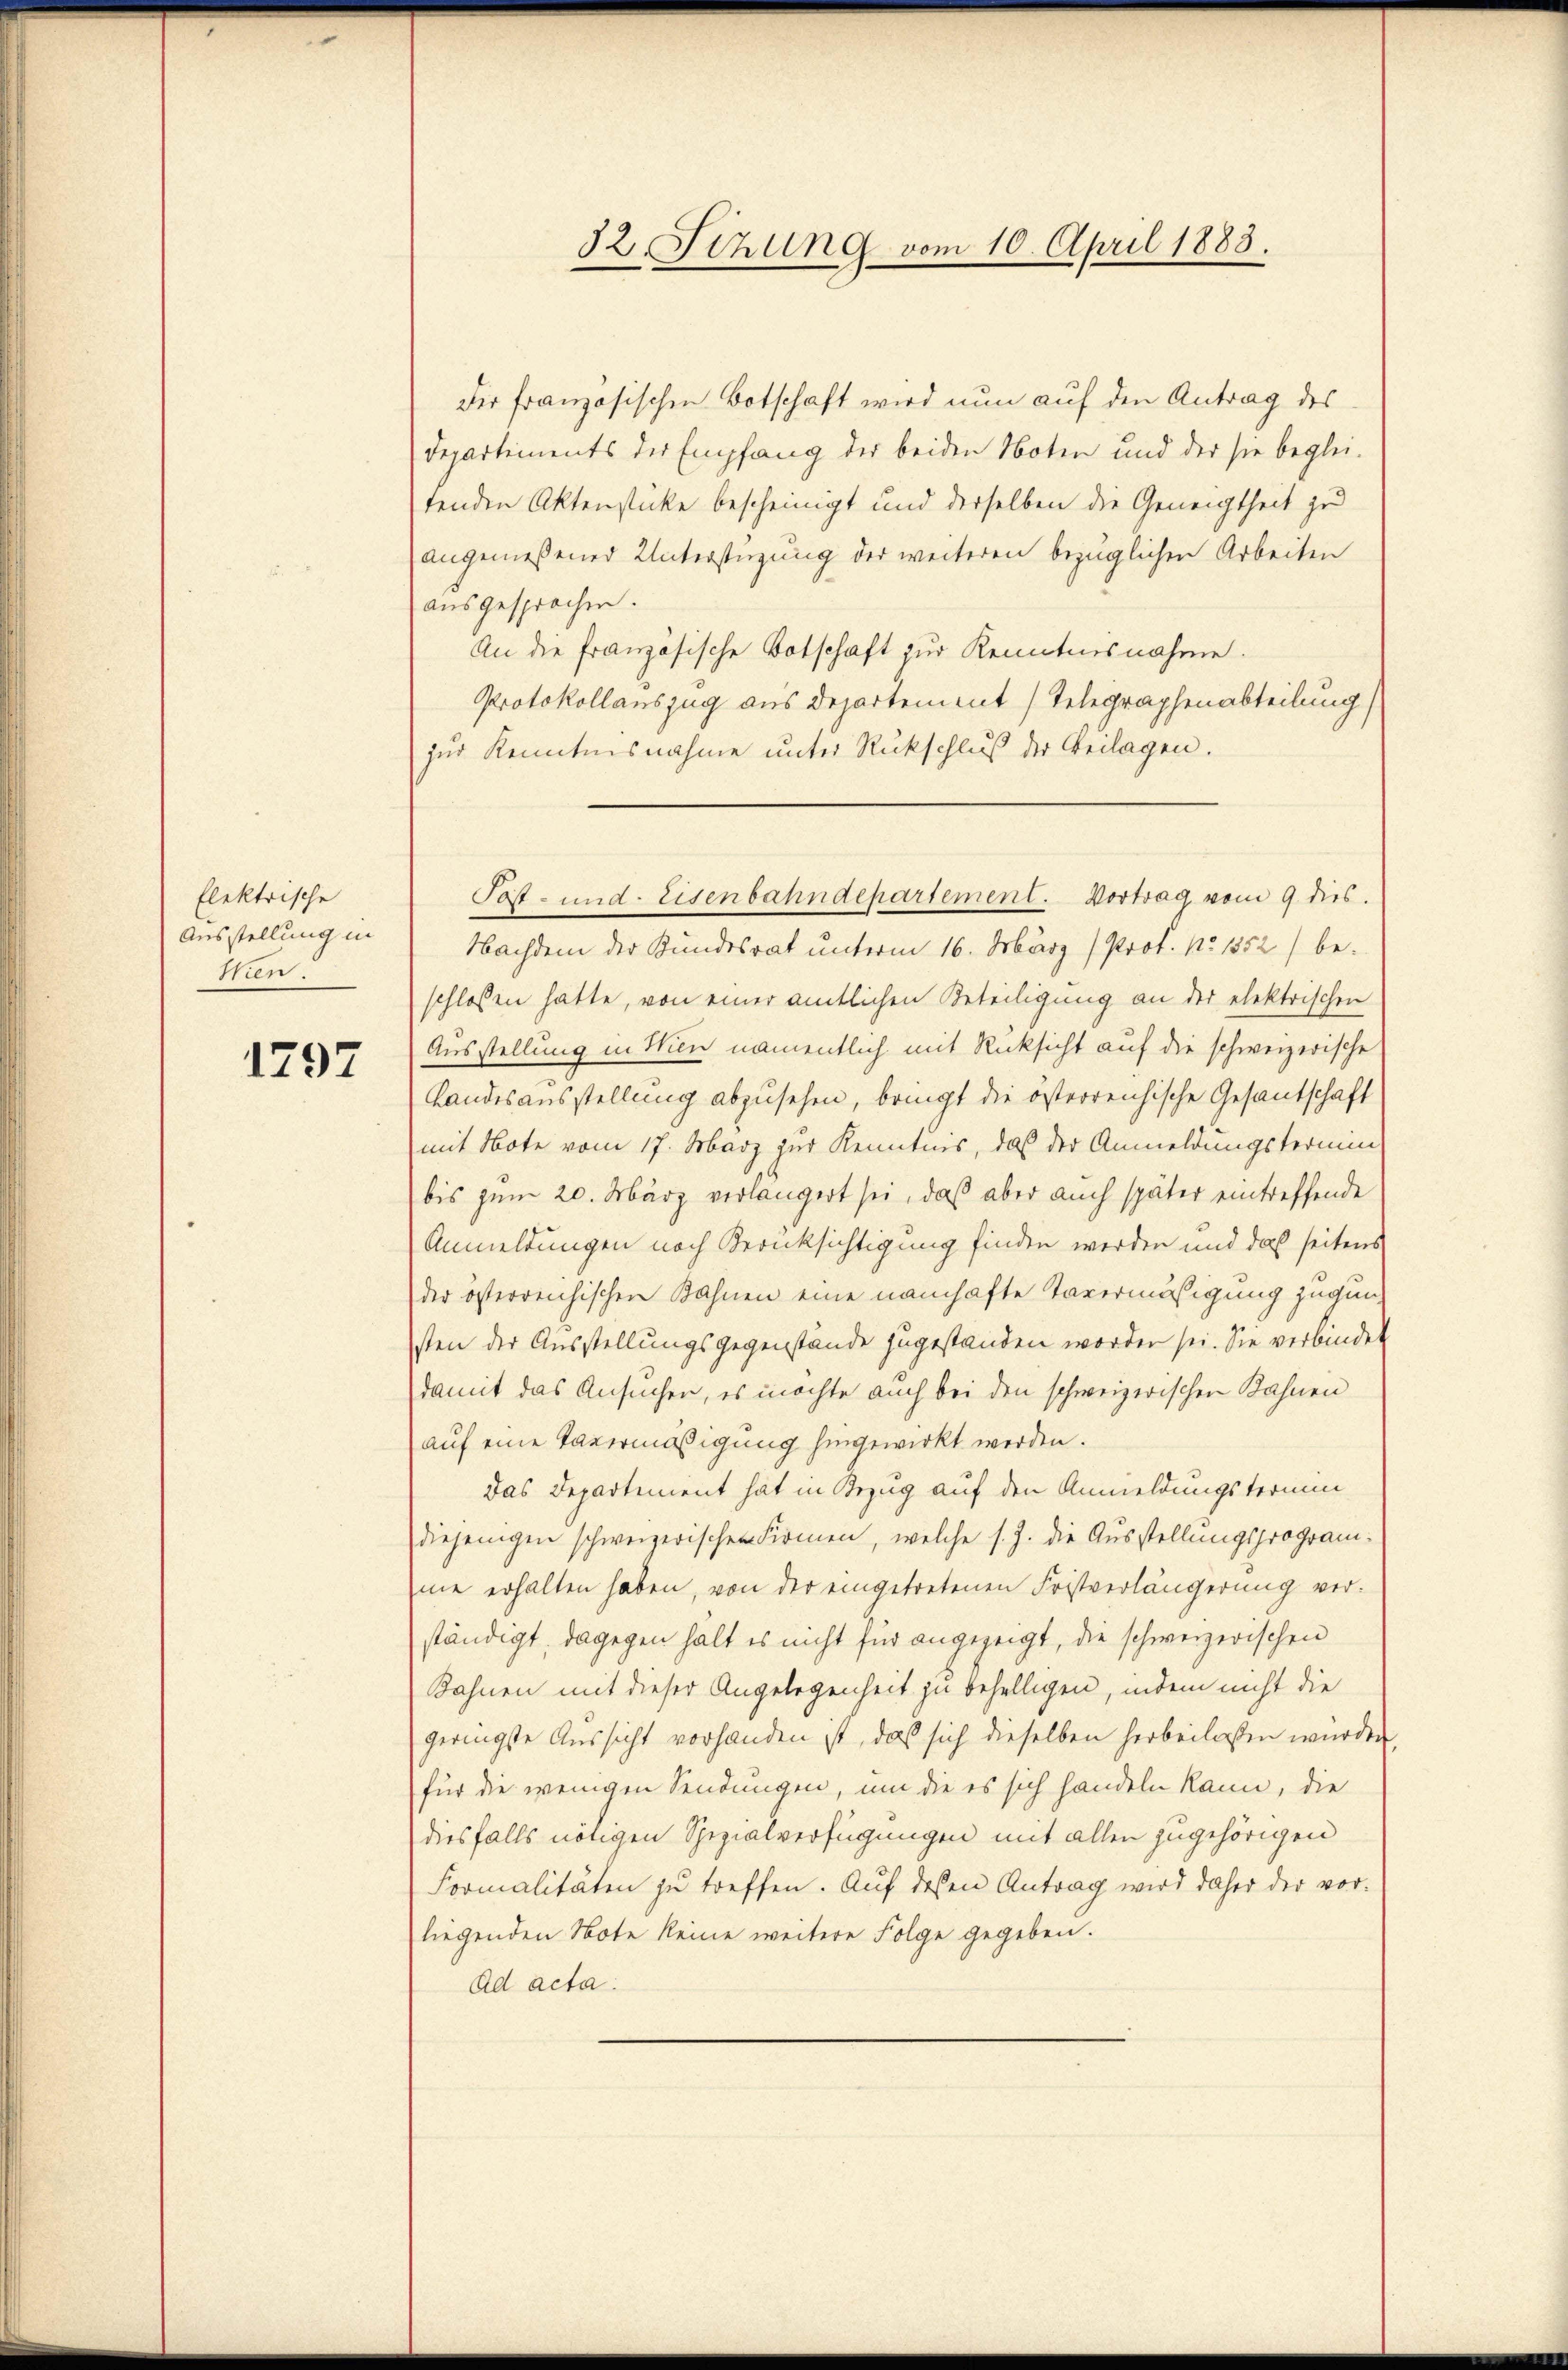
flektrische
Ausstellung in
Nien.

1797

32. Sizung vom 10. April 1883.

Der französischen Botschaft wird nun auf den Antrag des
Departements der Empfang der beiden Noten und der sie beglei-
tenden Aktenstücke bescheinigt und derselben die Geneigtheit zu
angemeßener Unterstüzung der weiteren bezüglichen Arbeiten
ausgesprochen.
An die französische Botschaft zur Kenntnisnahme.
Protokollanszug aus Departement (Telegraphenabteilung
zur Kenntnisnahme unter Rückschluß der Beilagen.
Nachdem der Bundesrat unterm 16. März (Prof. No 1352) be-
schlossen hatte, von einer amtlichen Beteiligung an der elektrischen
Ausstellung in Wien namentlich mit Rücksicht auf die schweizerische
Landesausstellung abzusehen, bringt die österreichische Gesantschaft
mit Note vom 17. März zur Kenntnis, das der Anmeldungstermin
bis zum 20. März verlangert sei, daß aber auch später eintreffende
Anmeldungen nach Berücksichtigung finden werden und das seitens
der österreichischen Bahnen eine namhafte Tavermäßigung zugung
sten der Ausstellungsgegenstände zugestanden worden sei. Sie verbindet
damit das Ansuchen, es möchte auch bei den schweizerischen Bahnen
auf eine Tavermäßigung hingewirkt werden.
Das Departement hat in Bezug auf den Anmeldungstermindiejenigen schweizerischen Firmen, welche s. Z. die Ausstellungsprogramme erhalten haben, von der eingetretenen Fristverlängerung ver-
ständigt, dagegen hält es nicht für angezeigt, die schweizerischen
Bahnen mit dieser Angelegenheit zu behelligen, indem nicht die
geringste Aussicht vorhanden ist, daß sich dieselben herbeilassen wurden
für die wenigen Sendungen, um die es sich handeln kann, die
diesfalls nötigen Spezialverfügungen mit allen zugehörigen
Formalitäten zu treffen. Auf dessen Antrag wird daher der vor-
liegenden Note keine weitere Folge gegeben.
Ad acta.

Sost- und Eisenbahndepartement. Vortrag vom 9. dies.